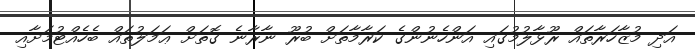
އަދި މުޒާހަރާތައް ރޫޅާލުމުގައި އަންހެނުންގެ ކަރާމާތަށް ބުރޫ ނާރާނެ ގޮތަށް ޢަމަލުތައް ބެހެއްޓުމަށާއި